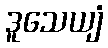
ဒူသေယျံ